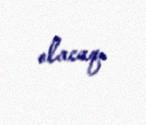
olacaq.